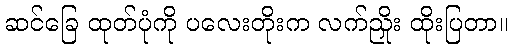
ဆင်ခြေ ထုတ်ပုံကို ပလေးတိုးက လက်ညှိုး ထိုးပြတာ။